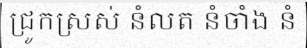
ជ្រូកស្រស់ នំលត នំចាំង នំ